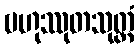
ဗဟုဿုတသုတ္တံ